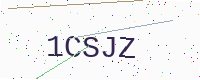
Text: 1CSJZ